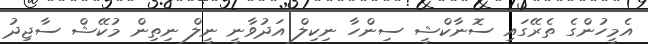
އެމީހުންގެ ތެރޭގައި ސޮނާކްޝީ ސިންހާ ނިކިލް އަދުވާނީ ނީލް ނިތިން މުކޭޝް ސާޖިދު